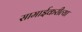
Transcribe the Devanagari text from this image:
सामाईकरीत्या